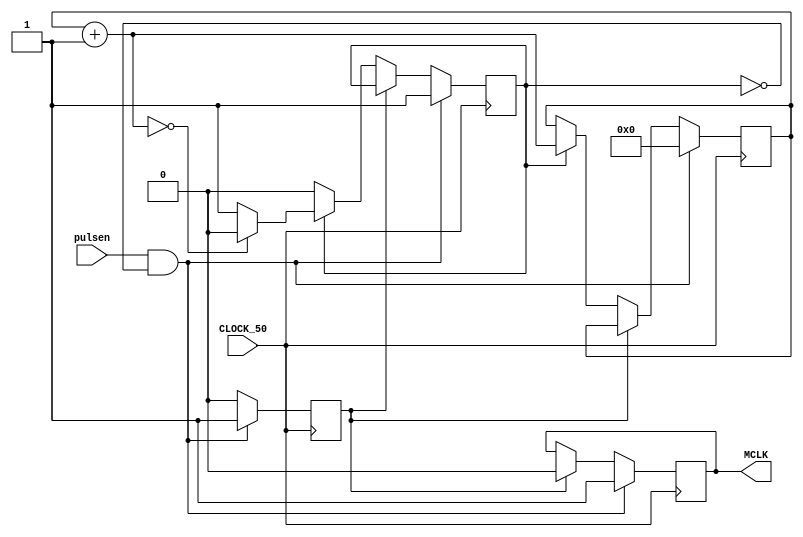
module pb_clock(pulsen,
				CLOCK_50,
				MCLK);
				
	//though process - when the button gets pressed
	//the clock should pulse once at the rate of CLOCK_50
	//once the button is pressed, there will be a period
	//of disabling ()- done via a counter
	
	input pulsen;
	input CLOCK_50;
	output reg MCLK = 1'b0;
	
	reg outen_flag = 1'b0;
	reg cnt_flag = 1'b0;
	reg [23:0] counter = 1'd0; //the disable counter
	
	
	
	always@(posedge CLOCK_50)
		if(pulsen & !cnt_flag) //set the output pulse when enable is set and counter isnt going
		begin
			MCLK <= 1'b1;
			outen_flag <= 1'b1;
			cnt_flag <= 1'b1;
			counter <= 0;
		end
		
		else if(outen_flag) //set the output back low after one cyle has passed
		begin
			MCLK <= 1'b0;
			outen_flag <= 1'b0;
		end
		
		
		else if(cnt_flag) //if the counter flag is on, do the counter operation
		begin
			counter = counter + 1;
			if(counter == 0) //if it rolls over re-enable the 
			begin
				cnt_flag <= 0;
			end
		end
		


endmodule